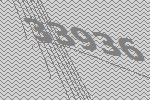
33936